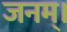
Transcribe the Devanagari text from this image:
जनम्।